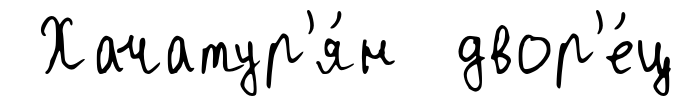
Хачатур'я́н двор'е́ц